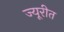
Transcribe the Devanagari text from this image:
ज्यूरीत